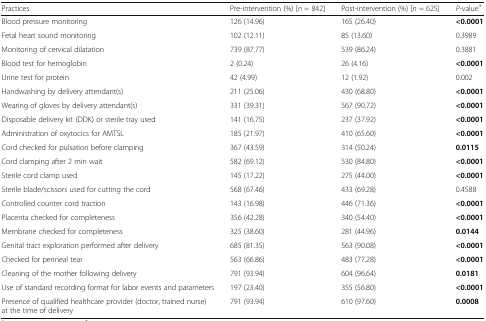
| Practices | Pre-intervention (%) [n = 842] | Post-intervention (%) [n = 625] | P-valuea |
 | --- | --- | --- | --- |
 | Blood pressure monitoring | 126 (14.96) | 165 (26.40) | <0.0001 |
 | Fetal heart sound monitoring | 102 (12.11) | 85 (13.60) | 0.3989 |
 | Monitoring of cervical dilatation | 739 (87.77) | 539 (86.24) | 0.3881 |
 | Blood test for hemoglobin | 2 (0.24) | 26 (4.16) | <0.0001 |
 | Urine test for protein | 42 (4.99) | 12 (1.92) | 0.002 |
 | Handwashing by delivery attendant(s) | 211 (25.06) | 430 (68.80) | <0.0001 |
 | Wearing of gloves by delivery attendant(s) | 331 (39.31) | 567 (90.72) | <0.0001 |
 | Disposable delivery kit (DDK) or sterile tray used | 141 (16.75) | 237 (37.92) | <0.0001 |
 | Administration of oxytocics for AMTSL | 185 (21.97) | 410 (65.60) | <0.0001 |
 | Cord checked for pulsation before clamping | 367 (43.59) | 314 (50.24) | 0.0115 |
 | Cord clamping after 2 min wait | 582 (69.12) | 530 (84.80) | <0.0001 |
 | Sterile cord clamp used | 145 (17.22) | 275 (44.00) | <0.0001 |
 | Sterile blade/scissors used for cutting the cord | 568 (67.46) | 433 (69.28) | 0.4588 |
 | Controlled counter cord traction | 143 (16.98) | 446 (71.36) | <0.0001 |
 | Placenta checked for completeness | 356 (42.28) | 340 (54.40) | <0.0001 |
 | Membrane checked for completeness | 325 (38.60) | 281 (44.96) | 0.0144 |
 | Genital tract exploration performed after delivery | 685 (81.35) | 563 (90.08) | <0.0001 |
 | Checked for perineal tear | 563 (66.86) | 483 (77.28) | <0.0001 |
 | Cleaning of the mother following delivery | 791 (93.94) | 604 (96.64) | 0.0181 |
 | Use of standard recording format for labor events and parameters | 197 (23.40) | 355 (56.80) | <0.0001 |
 | Presence of qualified healthcare provider (doctor, trained nurse) at the time of delivery | 791 (93.94) | 610 (97.60) | 0.0008 |